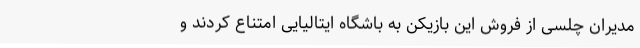
مدیران چلسی از فروش این بازیکن به باشگاه ایتالیایی امتناع کردند و